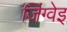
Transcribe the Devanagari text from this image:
जिंग्वेइ